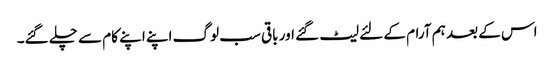
اس کے بعد ہم آرام کے لئے لیٹ گئے اور باقی سب لوگ اپنے اپنے کام سے چلے گئے۔